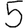
Digit: 5